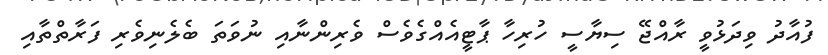
ފުއާދު ވިދަޅުވީ ރާއްޖޭ ސިޔާސީ ހުރިހާ ޕާޓީއެއްގެވެސް ވެރިންނާއި ނުވަތަ ބެލެނިވެރި ފަރާތްތާއި